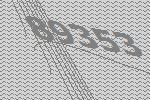
89353